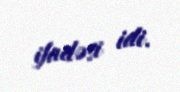
ifadəsi idi.